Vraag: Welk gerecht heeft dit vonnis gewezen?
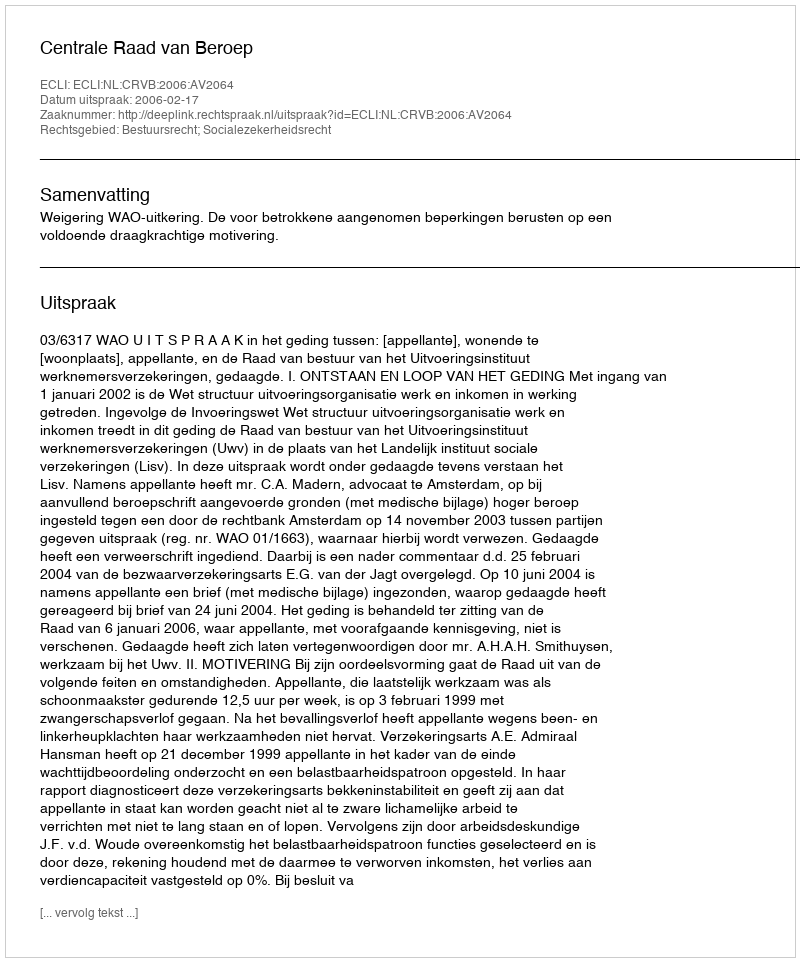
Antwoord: Centrale Raad van Beroep